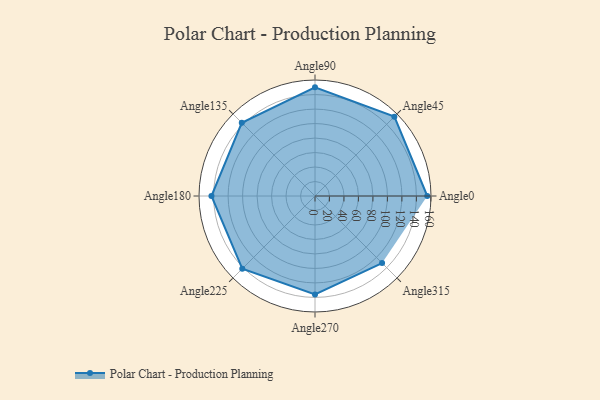
{"axis": {"x": "Angle", "y": "Radius"}, "legend": [""], "data": [{"x": "Angle0", "y": 155.0, "type": ""}, {"x": "Angle45", "y": 155.0, "type": ""}, {"x": "Angle90", "y": 150.0, "type": ""}, {"x": "Angle135", "y": 143.0, "type": ""}, {"x": "Angle180", "y": 143.0, "type": ""}, {"x": "Angle225", "y": 142.0, "type": ""}, {"x": "Angle270", "y": 136.0, "type": ""}, {"x": "Angle315", "y": 131.0, "type": ""}]}